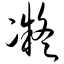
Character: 凝